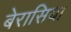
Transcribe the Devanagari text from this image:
बेरासिया